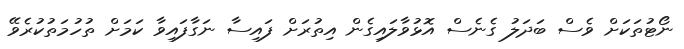
ނޯޓުތަކަށް ވެސް ބަދަލު ގެނެސް އޮޅުވާލައިގެން އިތުރަށް ފައިސާ ނަގާފައިވާ ކަމަށް ތުހުމަތުކުރެވޭ